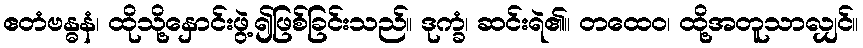
ဧတံဗန္ဓနံ၊ ထိုသို့နှောင်းဖွဲ့၍ဖြစ်ခြင်းသည်။ ဒုက္ခံ၊ ဆင်းရဲ၏။ တထေဝ၊ ထို့အတူသာလျှင်။